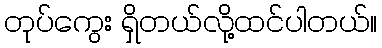
တုပ်ကွေး ရှိတယ်လို့ထင်ပါတယ်။